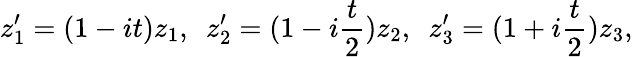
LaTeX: z_{1}^{\prime}=(1-it)z_{1},\ \ z_{2}^{\prime}=(1-i\frac{t}{2})z_{2},\ \ z_{3}^{\prime}=(1+i\frac{t}{2})z_{3},